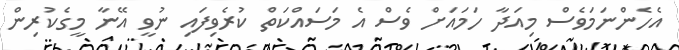
އެހެންނަމަވެސް މިއަދާ ހަމައަށް ވެސް އެ މަސައްކަތް ކުރެވިފައި ނުވީ އޭނާ މީގެކުރިން